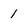
Character: 1